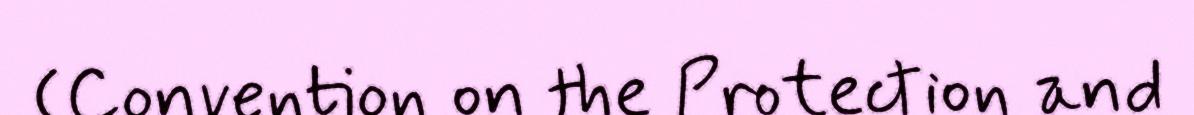
(Convention on the Protection and